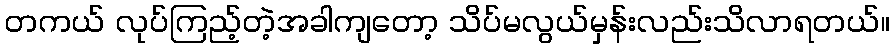
တကယ် လုပ်ကြည့်တဲ့အခါကျတော့ သိပ်မလွယ်မှန်းလည်းသိလာရတယ်။